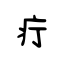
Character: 疔